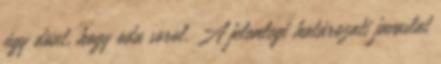
úgy dönt, hogy oda sorol. A jelenlegi határozati javaslat